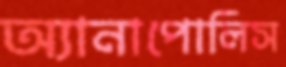
অ্যানাপোলিস